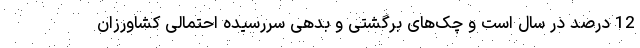
12 درصد در سال است و چک‌های برگشتی و بدهی سررسیده احتمالی کشاورزان